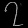
Digit: ၇